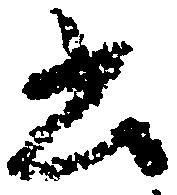
書